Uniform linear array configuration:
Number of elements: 8
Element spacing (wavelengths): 1
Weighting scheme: kaiser
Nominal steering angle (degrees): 0
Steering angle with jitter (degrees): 0.06969
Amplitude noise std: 0.05
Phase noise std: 0.05

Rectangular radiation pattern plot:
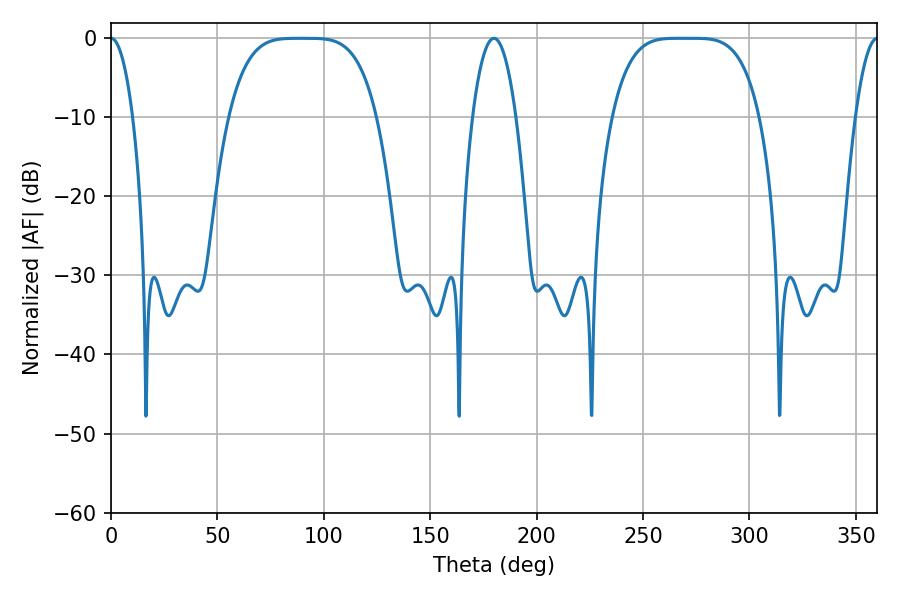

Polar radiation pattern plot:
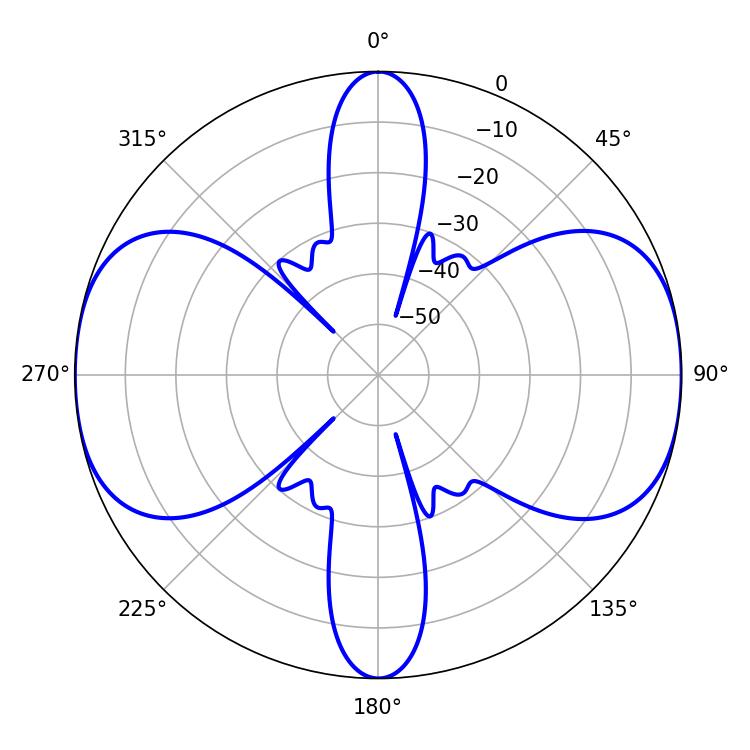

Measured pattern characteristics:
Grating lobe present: TRUE
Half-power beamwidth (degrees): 51.84
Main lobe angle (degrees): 267.12